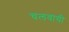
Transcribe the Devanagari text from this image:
चलवायी